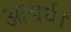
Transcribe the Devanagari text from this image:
आश्चर्य।